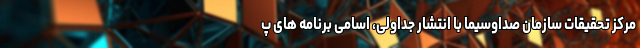
مرکز تحقیقات سازمان صداوسیما با انتشار جداولی، اسامی برنامه های پ